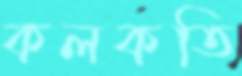
কলকতি